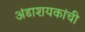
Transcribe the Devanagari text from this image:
अंडाशयकांची